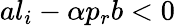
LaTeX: al_{i}-\alpha p_{r}b<0